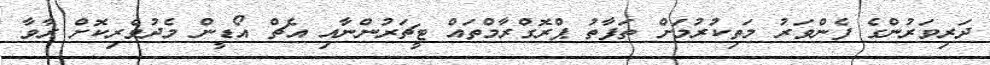
ދަރިވަރުންގެ ފެންވަރު މަތިކުރުމަށް ތަފާތު ޕްރޮގްރާމްތައް ޓީޗަރުންނާއި އެޗް އޯޑީން މެދުވެރިކޮށް ރާވާ